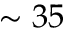
\sim 3 5